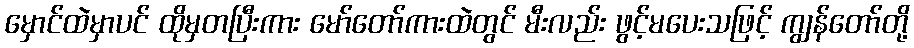
မှောင်ထဲမှာပင် ထိုမှတပြီးကား မော်တော်ကားထဲတွင် မီးလည်း ဖွင့်မပေးသဖြင့် ကျွန်တော်တို့